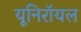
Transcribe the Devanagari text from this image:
यूनिरॉयल